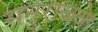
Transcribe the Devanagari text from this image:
मनुराजके